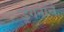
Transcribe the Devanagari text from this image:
ड्रॅगनांचे